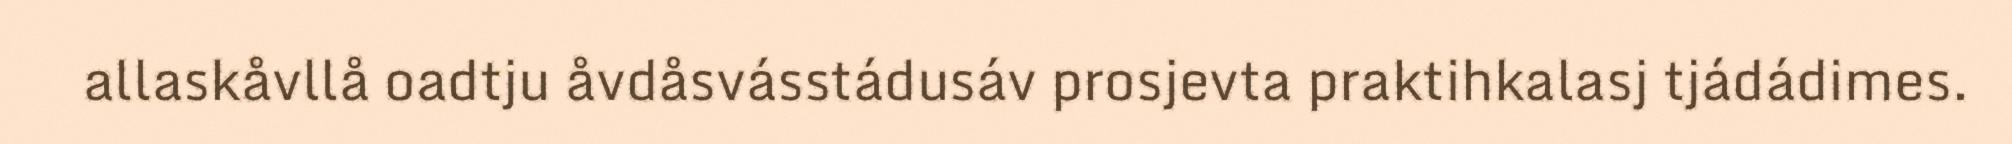
allaskåvllå oadtju åvdåsvásstádusáv prosjevta praktihkalasj tjádádimes.